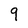
Character: 9